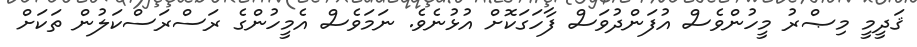
ޤަދީމީ މިޞްރު މީހުންވެސް އުފަންދުވަސް ފާހަގަކޮށް އުޅުނެވެ. ނަމަވެސް އެމީހުންގެ ރަސްރަސްކަލުން ތަކަށް